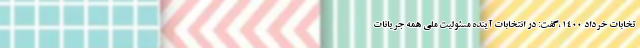
تخابات خرداد ۱۴۰۰ ،گفت: در انتخابات آینده مسئولیت ملی همه جریانات